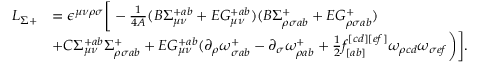
\begin{array} { l l } { { L _ { \Sigma + } } } & { { = \epsilon ^ { \mu \nu \rho \sigma } \bigg [ - \frac { 1 } { 4 A } ( B \Sigma _ { \mu \nu } ^ { + a b } + E G _ { \mu \nu } ^ { + a b } ) ( B \Sigma _ { \rho \sigma a b } ^ { + } + E G _ { \rho \sigma a b } ^ { + } ) } } \\ { { } } & { { + C \Sigma _ { \mu \nu } ^ { + a b } \Sigma _ { \rho \sigma a b } ^ { + } + E G _ { \mu \nu } ^ { + a b } ( \partial _ { \rho } \omega _ { \sigma a b } ^ { + } - \partial _ { \sigma } \omega _ { \rho a b } ^ { + } + { \frac { 1 } { 2 } } f _ { [ a b ] } ^ { [ c d ] [ e f ] } \omega _ { \rho c d } \omega _ { \sigma e f } \bigg ) \bigg ] . } } \end{array}